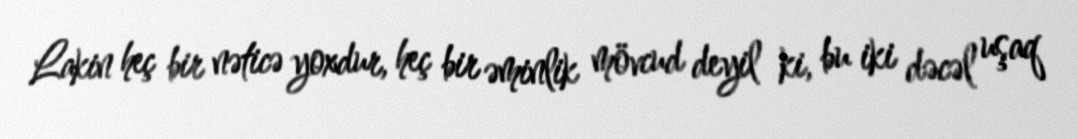
Lakin heç bir nəticə yoxdur, heç bir əminlik mövcud deyil ki, bu iki dəcəl uşaq